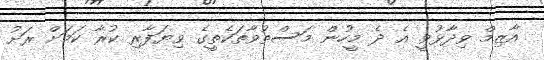
އާޒިމް ވިދާޅުވީ އެ ދެ މީހުން މަސްތުވާތަކެތީގެ ވިޔަފާރި ކުރާ ކަމަށް ރަށު